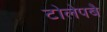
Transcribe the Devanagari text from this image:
टोलेपबै